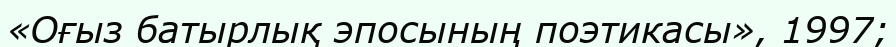
«Оғыз батырлық эпосының поэтикасы», 1997;